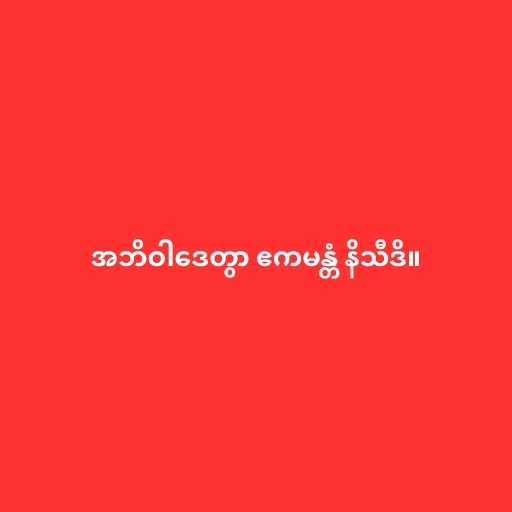
အဘိဝါဒေတွာ ဧကမန္တံ နိသီဒိ။